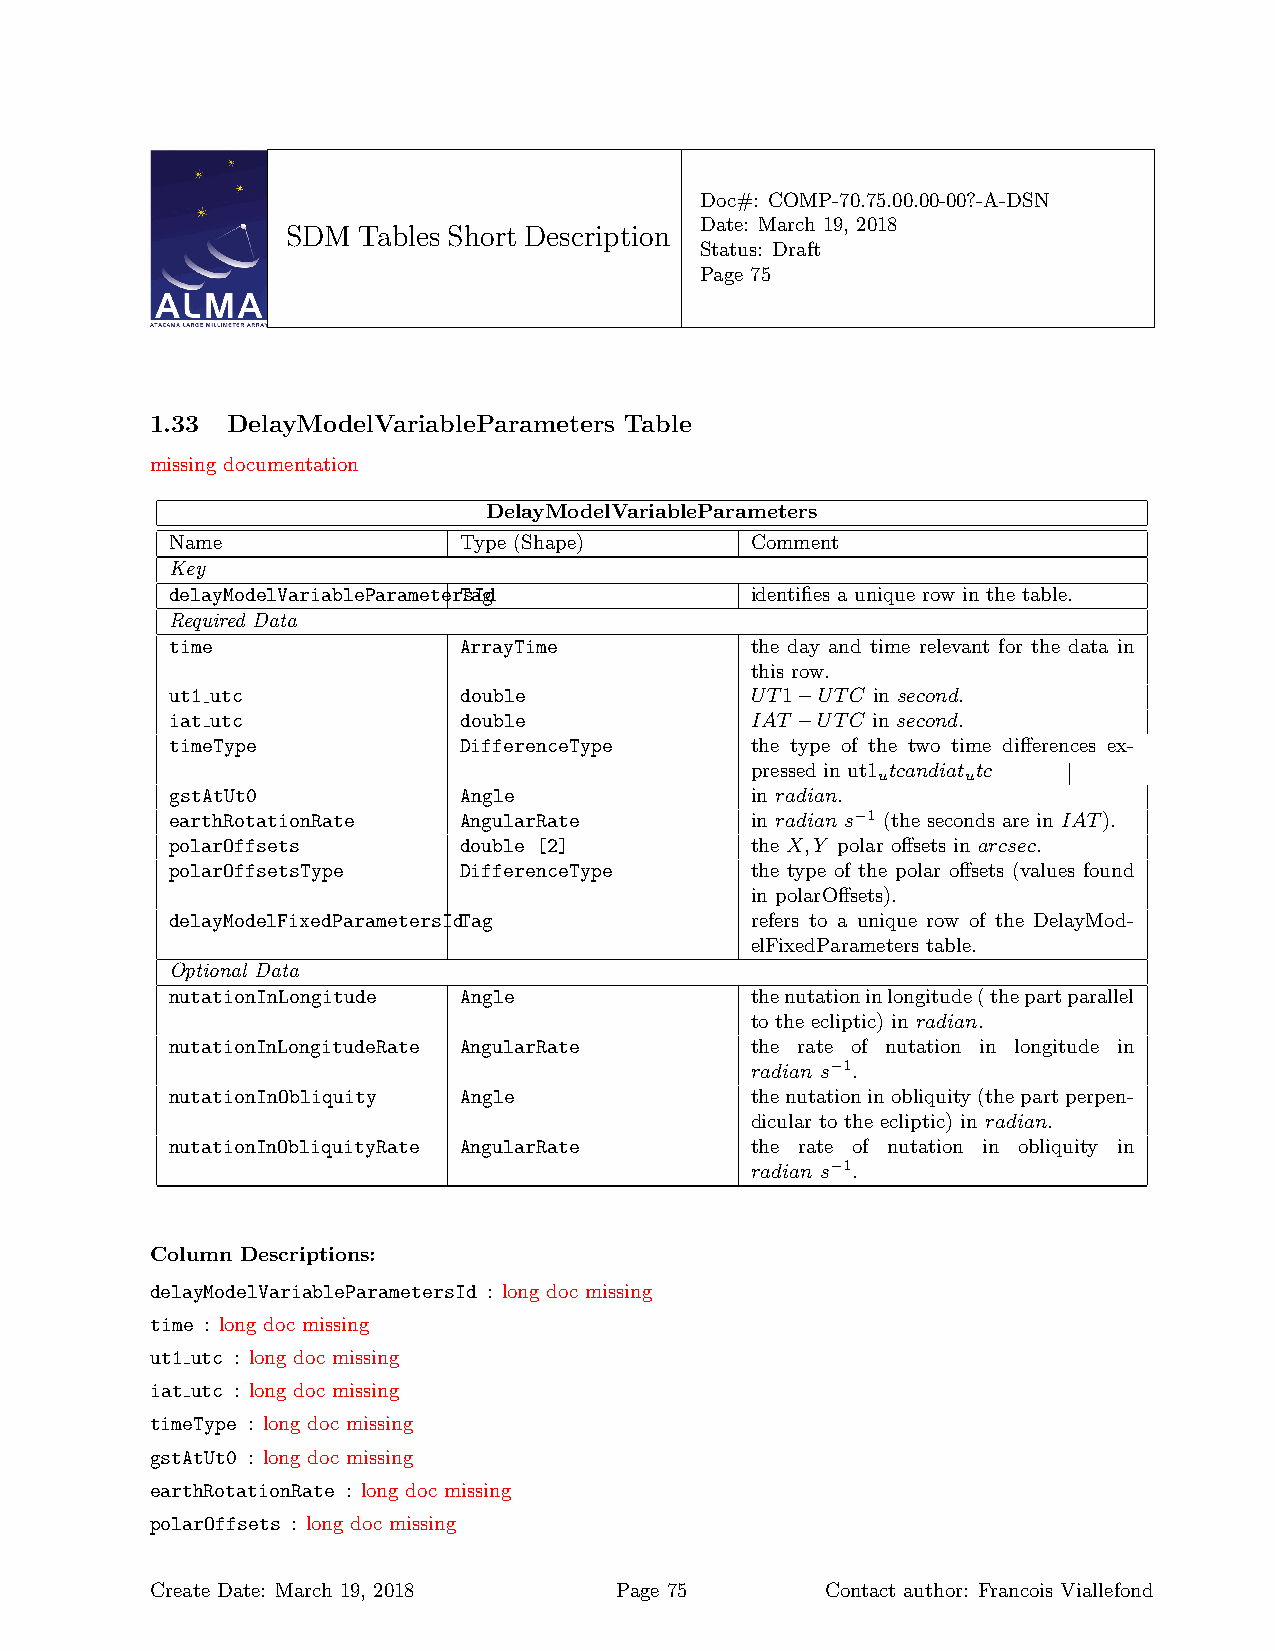
Doc#: COMP-70.75.00.00-00?-A-DSN
 Date: March 19, 2018
 SDM  Tables Short Description
 Status: Draft
 Page 75
 1.33 DelayModelVariableParameters Table
 missing documentation
 DelayModelVariableParameters
 Name               Type (Shape)        Comment
 Key
 delayModelVariableParameterTsaIgd      identifies a unique row in the table.
 Required Data
 time               ArrayTime           the day and time relevant for the data in
 this row.
 ut1 utc            double              UT1−UTC in second.
 iat utc            double              IAT −UTC in second.
 timeType           DifferenceType      the type of the two time differences ex-
 pressed in ut1 tcandiat tc
 u     u
 gstAtUt0           Angle               in radian.
 earthRotationRate  AngularRate         in radian s−1 (the seconds are in IAT).
 polarOffsets       double [2]          the X,Y polar offsets in arcsec.
 polarOffsetsType   DifferenceType      the type of the polar offsets (values found
 in polarOffsets).
 delayModelFixedParametersIdTag         refers to a unique row of the DelayMod-
 elFixedParameters table.
 Optional Data
 nutationInLongitude Angle              thenutationinlongitude(thepartparallel
 to the ecliptic) in radian.
 nutationInLongitudeRate AngularRate    the rate of nutation in longitude in
 radian s−1.
 nutationInObliquity Angle              thenutationinobliquity(thepartperpen-
 dicular to the ecliptic) in radian.
 nutationInObliquityRate AngularRate    the rate of nutation in obliquity in
 radian s−1.
 Column Descriptions:
 delayModelVariableParametersId : long doc missing
 time : long doc missing
 ut1 utc : long doc missing
 iat utc : long doc missing
 timeType : long doc missing
 gstAtUt0 : long doc missing
 earthRotationRate : long doc missing
 polarOffsets : long doc missing
 Create Date: March 19, 2018    Page 75       Contact author: Francois Viallefond